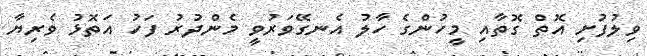
ވިލުފުށި އޮތް ގޮތާއި މީހުންގެ ހާލު އެނގޭވަރުވީ މެންދުރު ފަހު އަތޮޅު ވެރިޔާ